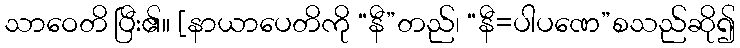
သာဝေတိ ပြီး၏။ [နာယာပေတိကို “နီ”တည်၊ “နီ=ပါပဏေ”စသည်ဆို၍